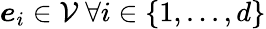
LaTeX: \boldsymbol{e}_{i}\in\mathcal{V}\mathrm{~}\forall i\in\{ 1,...,d\}